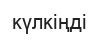
күлкіңді